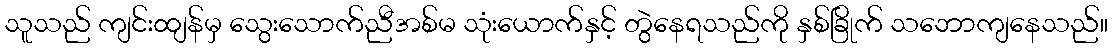
သူသည် ကျင်းထျန်မှ သွေးသောက်ညီအစ်မ သုံးယောက်နှင့် တွဲနေရသည်ကို နှစ်ခြိုက် သဘောကျနေသည်။